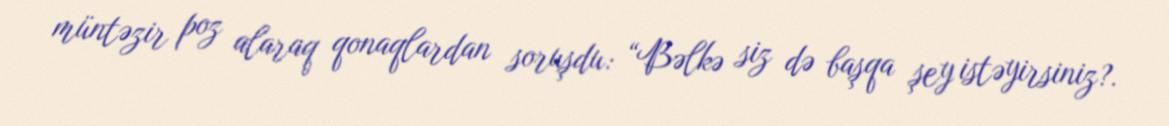
müntəzir poz alaraq qonaqlardan soruşdu: “Bəlkə siz də başqa şey istəyirsiniz?.